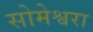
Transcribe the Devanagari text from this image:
सोमेश्वरा